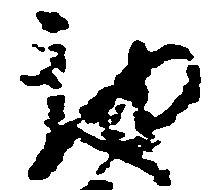
我